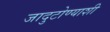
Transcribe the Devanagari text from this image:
जादुटोण्याशी